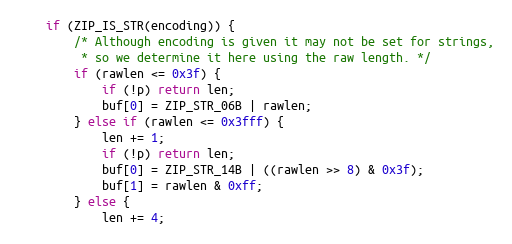
Language: C
    if (ZIP_IS_STR(encoding)) {
        /* Although encoding is given it may not be set for strings,
         * so we determine it here using the raw length. */
        if (rawlen <= 0x3f) {
            if (!p) return len;
            buf[0] = ZIP_STR_06B | rawlen;
        } else if (rawlen <= 0x3fff) {
            len += 1;
            if (!p) return len;
            buf[0] = ZIP_STR_14B | ((rawlen >> 8) & 0x3f);
            buf[1] = rawlen & 0xff;
        } else {
            len += 4;